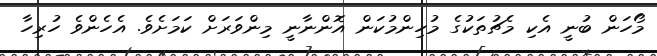
މޯހަން ބުނީ އެކި މެޗުތަކުގެ މުހިންމުކަން އޮންނާނީ މިންވަރަށް ކަމަށެވެ. އެހެންވެ ހުރިހާ